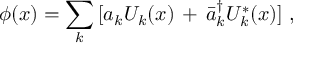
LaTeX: \phi ( x ) = \sum _ { k } \, [ a _ { k } U _ { k } ( x ) \, + \, \bar { a } _ { k } ^ { \dagger } U _ { k } ^ { * } ( x ) ] \; ,